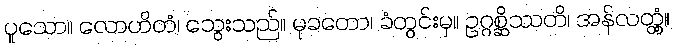
ပူသော။ လောဟိတံ၊ သွေးသည်။ မုခတော၊ ခံတွင်းမှ။ ဥဂ္ဂစ္ဆိဿတိ၊ အန်လတ္တံ့။